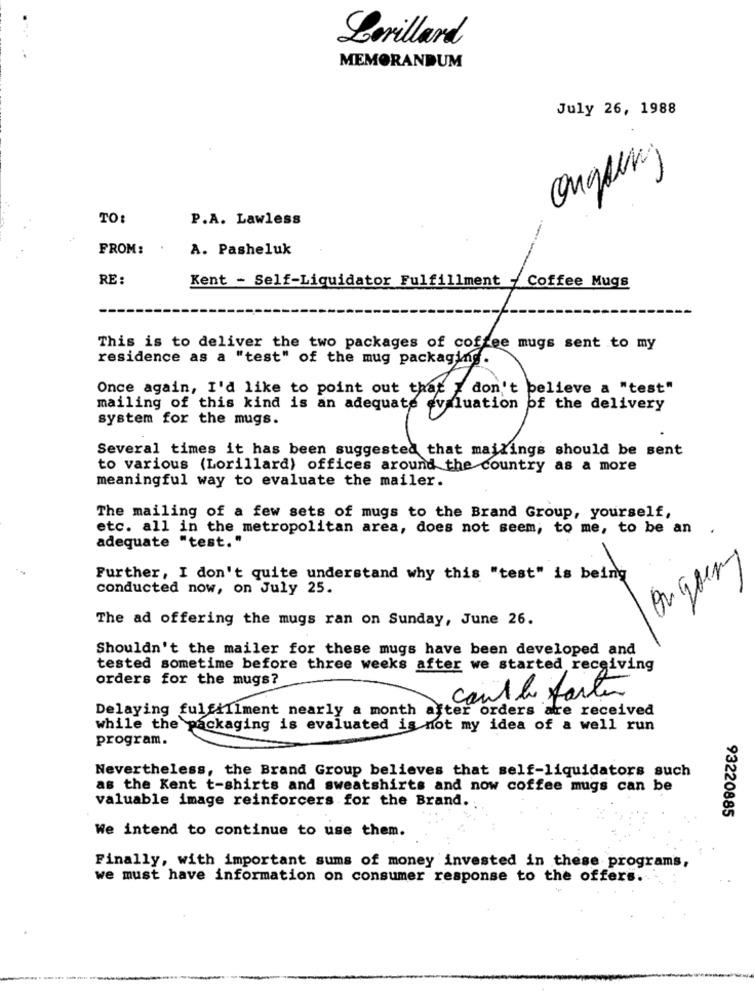
Lorillard
MEMORANDUM
July 26, 1988
arguing
TO:
P.A. Lawless
FROM:
A. Pasheluk
---
RE:
Kent - Self-Liquidator Fulfillment - Coffee Mugs
This is to deliver the two packages of coffee mugs sent to my
residence as a "test" of the mug packaging.
Once again, I'd like to point out that I don't believe a "test"
mailing of this kind is an adequate evaluation of the delivery
system for the mugs.
Several times it has been suggested that mailings should be sent
to various (Lorillard) offices around the country as a more
meaningful way to evaluate the mailer.
The mailing of a few sets of mugs to the Brand Group, yourself,
etc. all in the metropolitan area, does not seem, to me, to be an
.
adequate "test."
Further, I don't quite understand why this "test" is being
conducted now, on July 25.
The ad offering the mugs ran on Sunday, June 26.
Shouldn't the mailer for these mugs have been developed and
tested sometime before three weeks after we started receiving
orders for the mugs?
cant le faiter
Delaying fulfillment nearly a month after orders atre received
while the packaging is evaluated is not my idea of a well run
program.
Nevertheless, the Brand Group believes that self-liquidators such
as the Kent t-shirts and sweatshirts and now coffee mugs can be
valuable image reinforcers for the Brand.
93220885
We intend to continue to use them.
Finally, with important sums of money invested in these programs,
we must have information on consumer response to the offers.